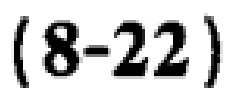
\((8 - 22)\)